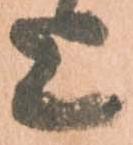
上